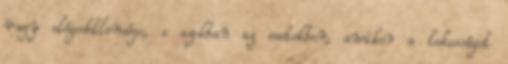
vagy elégedetlensége, s azokban az esetekben, amikor a lakosságot